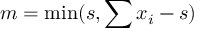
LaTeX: m = \operatorname* { m i n } ( s , \sum x _ { i } - s )